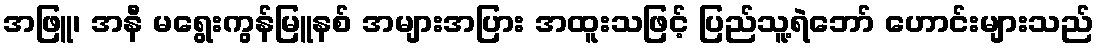
အဖြူ၊ အနီ မရွေးကွန်မြူနစ် အများအပြား အထူးသဖြင့် ပြည်သူ့ရဲဘော် ဟောင်းများသည်